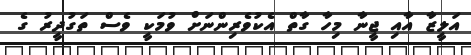
އަލީޒާ އާއި ޖީނާ މިހާ ގާތް އެކުވެރިންނަށް ވުމަކީ ވެސް ތަގުދީރު ގެ